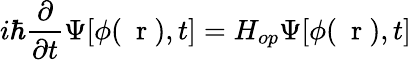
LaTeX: i\hbar\frac{\partial}{\partial t}\Psi[\phi(\mathrm{~\mathbf~r~}),t]=H_{op}\Psi[\phi(\mathrm{~\mathbf~r~}),t]